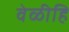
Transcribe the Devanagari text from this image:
वेळीहि